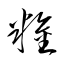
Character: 糧